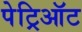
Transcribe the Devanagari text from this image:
पेट्रिऑट